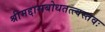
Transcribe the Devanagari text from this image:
श्रीमद्दासबोधतत्त्वस्तवः